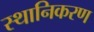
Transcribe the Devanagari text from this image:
स्थानिकरण